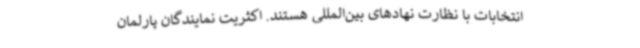
انتخابات با نظارت نهادهای بین‌المللی هستند. اکثریت نمایندگان پارلمان